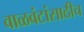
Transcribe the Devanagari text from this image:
वाळवंटांसाठीच